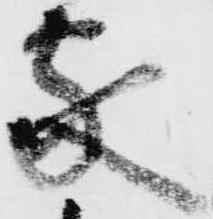
家